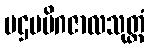
ပဌမမိဂဇာလသုတ္တံ